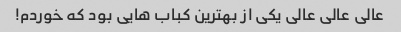
عالی عالی عالی یکی از بهترین کباب هایی بود که خوردم!